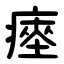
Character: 瘞